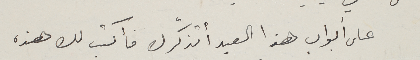
على أبواب هذا العيد أتذكّرك فأكتب لك هذه